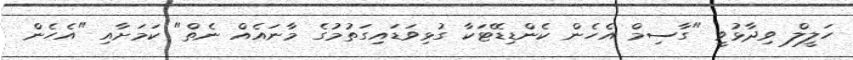
ހަލީލް ވިދާޅުވީ "ގާސިމް އެހެން ކެންޑިޑޭޓަކާ ގުޅިވަޑައިގަތުމުގެ މާނައެއް ނެތް" ކަމަށާއި "އެހެން